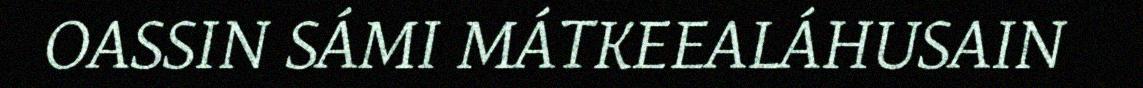
OASSIN SÁMI MÁTKEEALÁHUSAIN